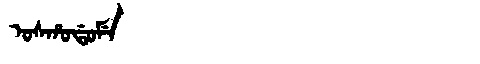
Manchu: ᠣᠰᡥᠣᡩᠣᠮᡝ
Romanization: OSHODOME